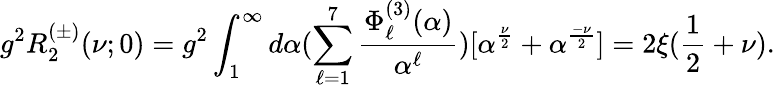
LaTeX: g^{2}R_{2}^{(\pm)}(\nu;0)=g^{2}\int_{1}^{\infty}d\alpha(\sum_{\ell=1}^{7}\frac{\Phi_{\ell}^{(3)}(\alpha)}{\alpha^{\ell}})[\alpha^{\frac{\nu}{2}}+\alpha^{\frac{-\nu}{2}}]=2\xi(\frac{1}{2}+\nu).